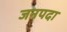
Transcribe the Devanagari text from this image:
जनपदा